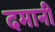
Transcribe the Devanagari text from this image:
दमानी